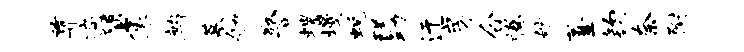
尊遍堕像鹧摹劬警螺墁蜕隧动迂房合腾嫁薹钧奈附